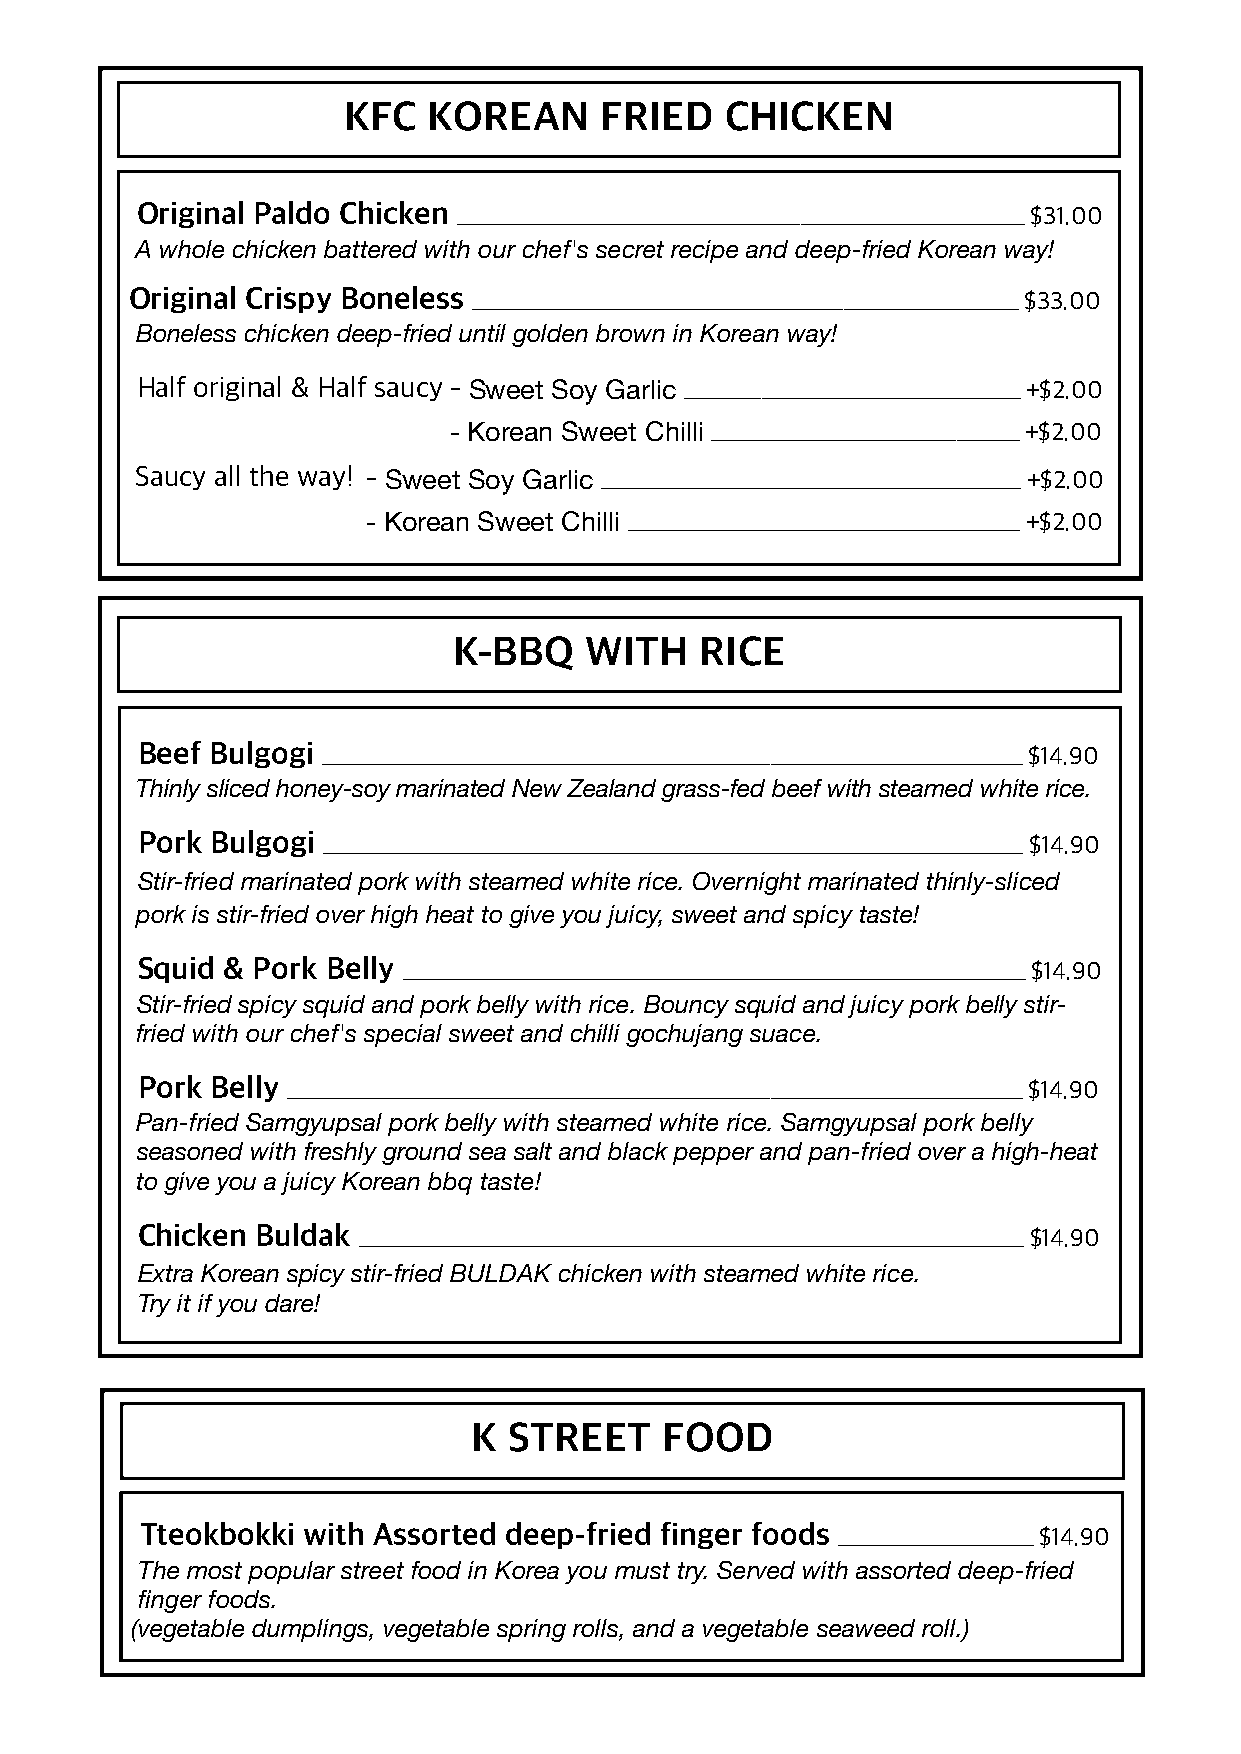
KFC  KOREAN      FRIED   CHICKEN
 Original Paldo Chicken _________________________________________________________________________________ $31.00
 A whole chicken battered with our chef's secret recipe and deep-fried Korean way!
 Original Crispy Boneless ______________________________________________________________________________ $33.00
 Boneless chicken deep-fried until golden brown in Korean way!
 Half original & Half saucy - Sweet Soy Garlic ________________________________________________ +$2.00
 - Korean Sweet Chilli ____________________________________________ +$2.00
 Saucy all the way! - Sweet Soy Garlic ____________________________________________________________ +$2.00
 - Korean Sweet Chilli ________________________________________________________ +$2.00
 K-BBQ    WITH   RICE
 Beef Bulgogi ____________________________________________________________________________________________________ $14.90
 Thinly sliced honey-soy marinated New Zealand grass-fed beef with steamed white rice.
 Pork Bulgogi ____________________________________________________________________________________________________ $14.90
 Stir-fried marinated pork with steamed white rice. Overnight marinated thinly-sliced
 pork is stir-fried over high heat to give you juicy, sweet and spicy taste!
 Squid & Pork Belly _________________________________________________________________________________________ $14.90
 Stir-fried spicy squid and pork belly with rice. Bouncy squid and juicy pork belly stir-
 fried with our chef's special sweet and chilli gochujang suace.
 Pork Belly _________________________________________________________________________________________________________ $14.90
 Pan-fried Samgyupsal pork belly with steamed white rice. Samgyupsal pork belly
 seasoned with freshly ground sea salt and black pepper and pan-fried over a high-heat
 to give you a juicy Korean bbq taste!
 Chicken Buldak _______________________________________________________________________________________________ $14.90
 Extra Korean spicy stir-fried BULDAK chicken with steamed white rice.
 Try it if you dare!
 K  STREET    FOOD
 Tteokbokki with Assorted deep-fried finger foods ____________________________ $14.90
 The most popular street food in Korea you must try. Served with assorted deep-fried
 finger foods.
 (vegetable dumplings, vegetable spring rolls, and a vegetable seaweed roll.)